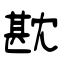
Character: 㽎